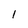
Character: 1